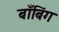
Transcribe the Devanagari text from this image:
बाँबिंग